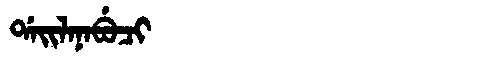
Manchu: ᡩᠠᡳᠯᠠᠨᠠᠪᡠᠴᡳ
Romanization: DAILANABUCI